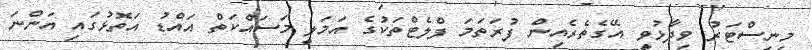
މިނިސްޓަރު ވިދާޅުވީ އޭގެތެރެއިން ފުރަތަމަ ފްލެޓްތަކުގެ އަމަލީ މަސައްކަތް އައްޑު އަތޮޅުގައި އަންނަ